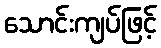
သောင်းကျပ်ဖြင့်